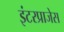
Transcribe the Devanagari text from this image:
इंटरप्राजेस